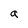
Character: a